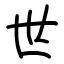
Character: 世